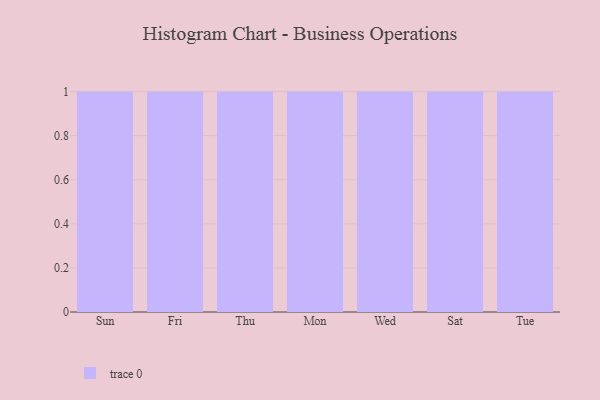
{"axis": {"x": "Day", "y": "Active Users"}, "legend": [""], "data": [{"x": "Sun", "y": 51, "type": ""}, {"x": "Fri", "y": 65, "type": ""}, {"x": "Thu", "y": 16, "type": ""}, {"x": "Mon", "y": 41, "type": ""}, {"x": "Wed", "y": 6, "type": ""}, {"x": "Sat", "y": 92, "type": ""}, {"x": "Tue", "y": 38, "type": ""}]}